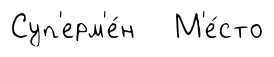
Суп'ерм'е́н М'е́сто